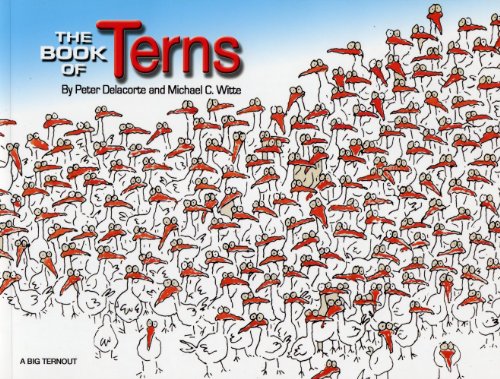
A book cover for The Book of Terns; Peter Delacorte; Humor & Entertainment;